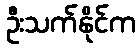
ဦးသက်နိုင်က